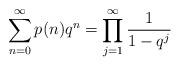
LaTeX: \begin{align*}\sum_{n=0}^\infty p(n) q^n = \prod_{j=1}^\infty \frac{1}{1-q^j}\end{align*}